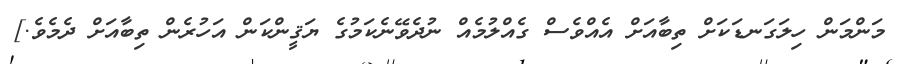
މަންމަން ހިލަގަނޑަކަށް ތިބާއަށް އެއްވެސް ގެއްލުމެއް ނުދެވޭނެކަމުގެ ޔަޤީންކަން އަހުރެން ތިބާއަށް ދެމެވެ.]